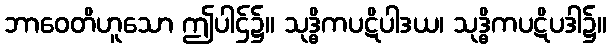
ဘာဝေတိဟူသော ဤပါဌ်၌။ သုဒ္ဓိကပဋိပါဒယ၊ သုဒ္ဓိကပဋိပဒါ၌။